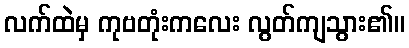
လက်ထဲမှ ကုဗတုံးကလေး လွတ်ကျသွား၏။